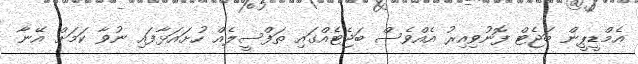
އެމްޑީޕީން ބަޖެޓް ފޮނުވިއިރު އެއްވެސް ބަޖެޓެއްގައި ތަފްސީލެއް ހުށަައަޅާފައި ނުވާ ކަމަށް އޭނާ